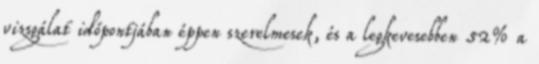
vizsgálat időpontjában éppen szerelmesek, és a legkevesebben 52% a